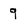
Character: 9